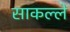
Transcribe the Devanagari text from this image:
साकल्ले